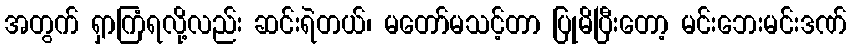
အတွက် ရှာကြံရလို့လည်း ဆင်းရဲတယ်၊ မတော်မသင့်တာ ပြုမိပြီးတော့ မင်းဘေးမင်းဒဏ်